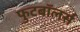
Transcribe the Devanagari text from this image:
फुटबॉलर्स